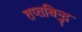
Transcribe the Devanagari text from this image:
तप्तबिन्दु